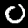
Label: 0